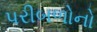
પરીબળોનો